Leningradi_Edasi_toimetus, lk 54
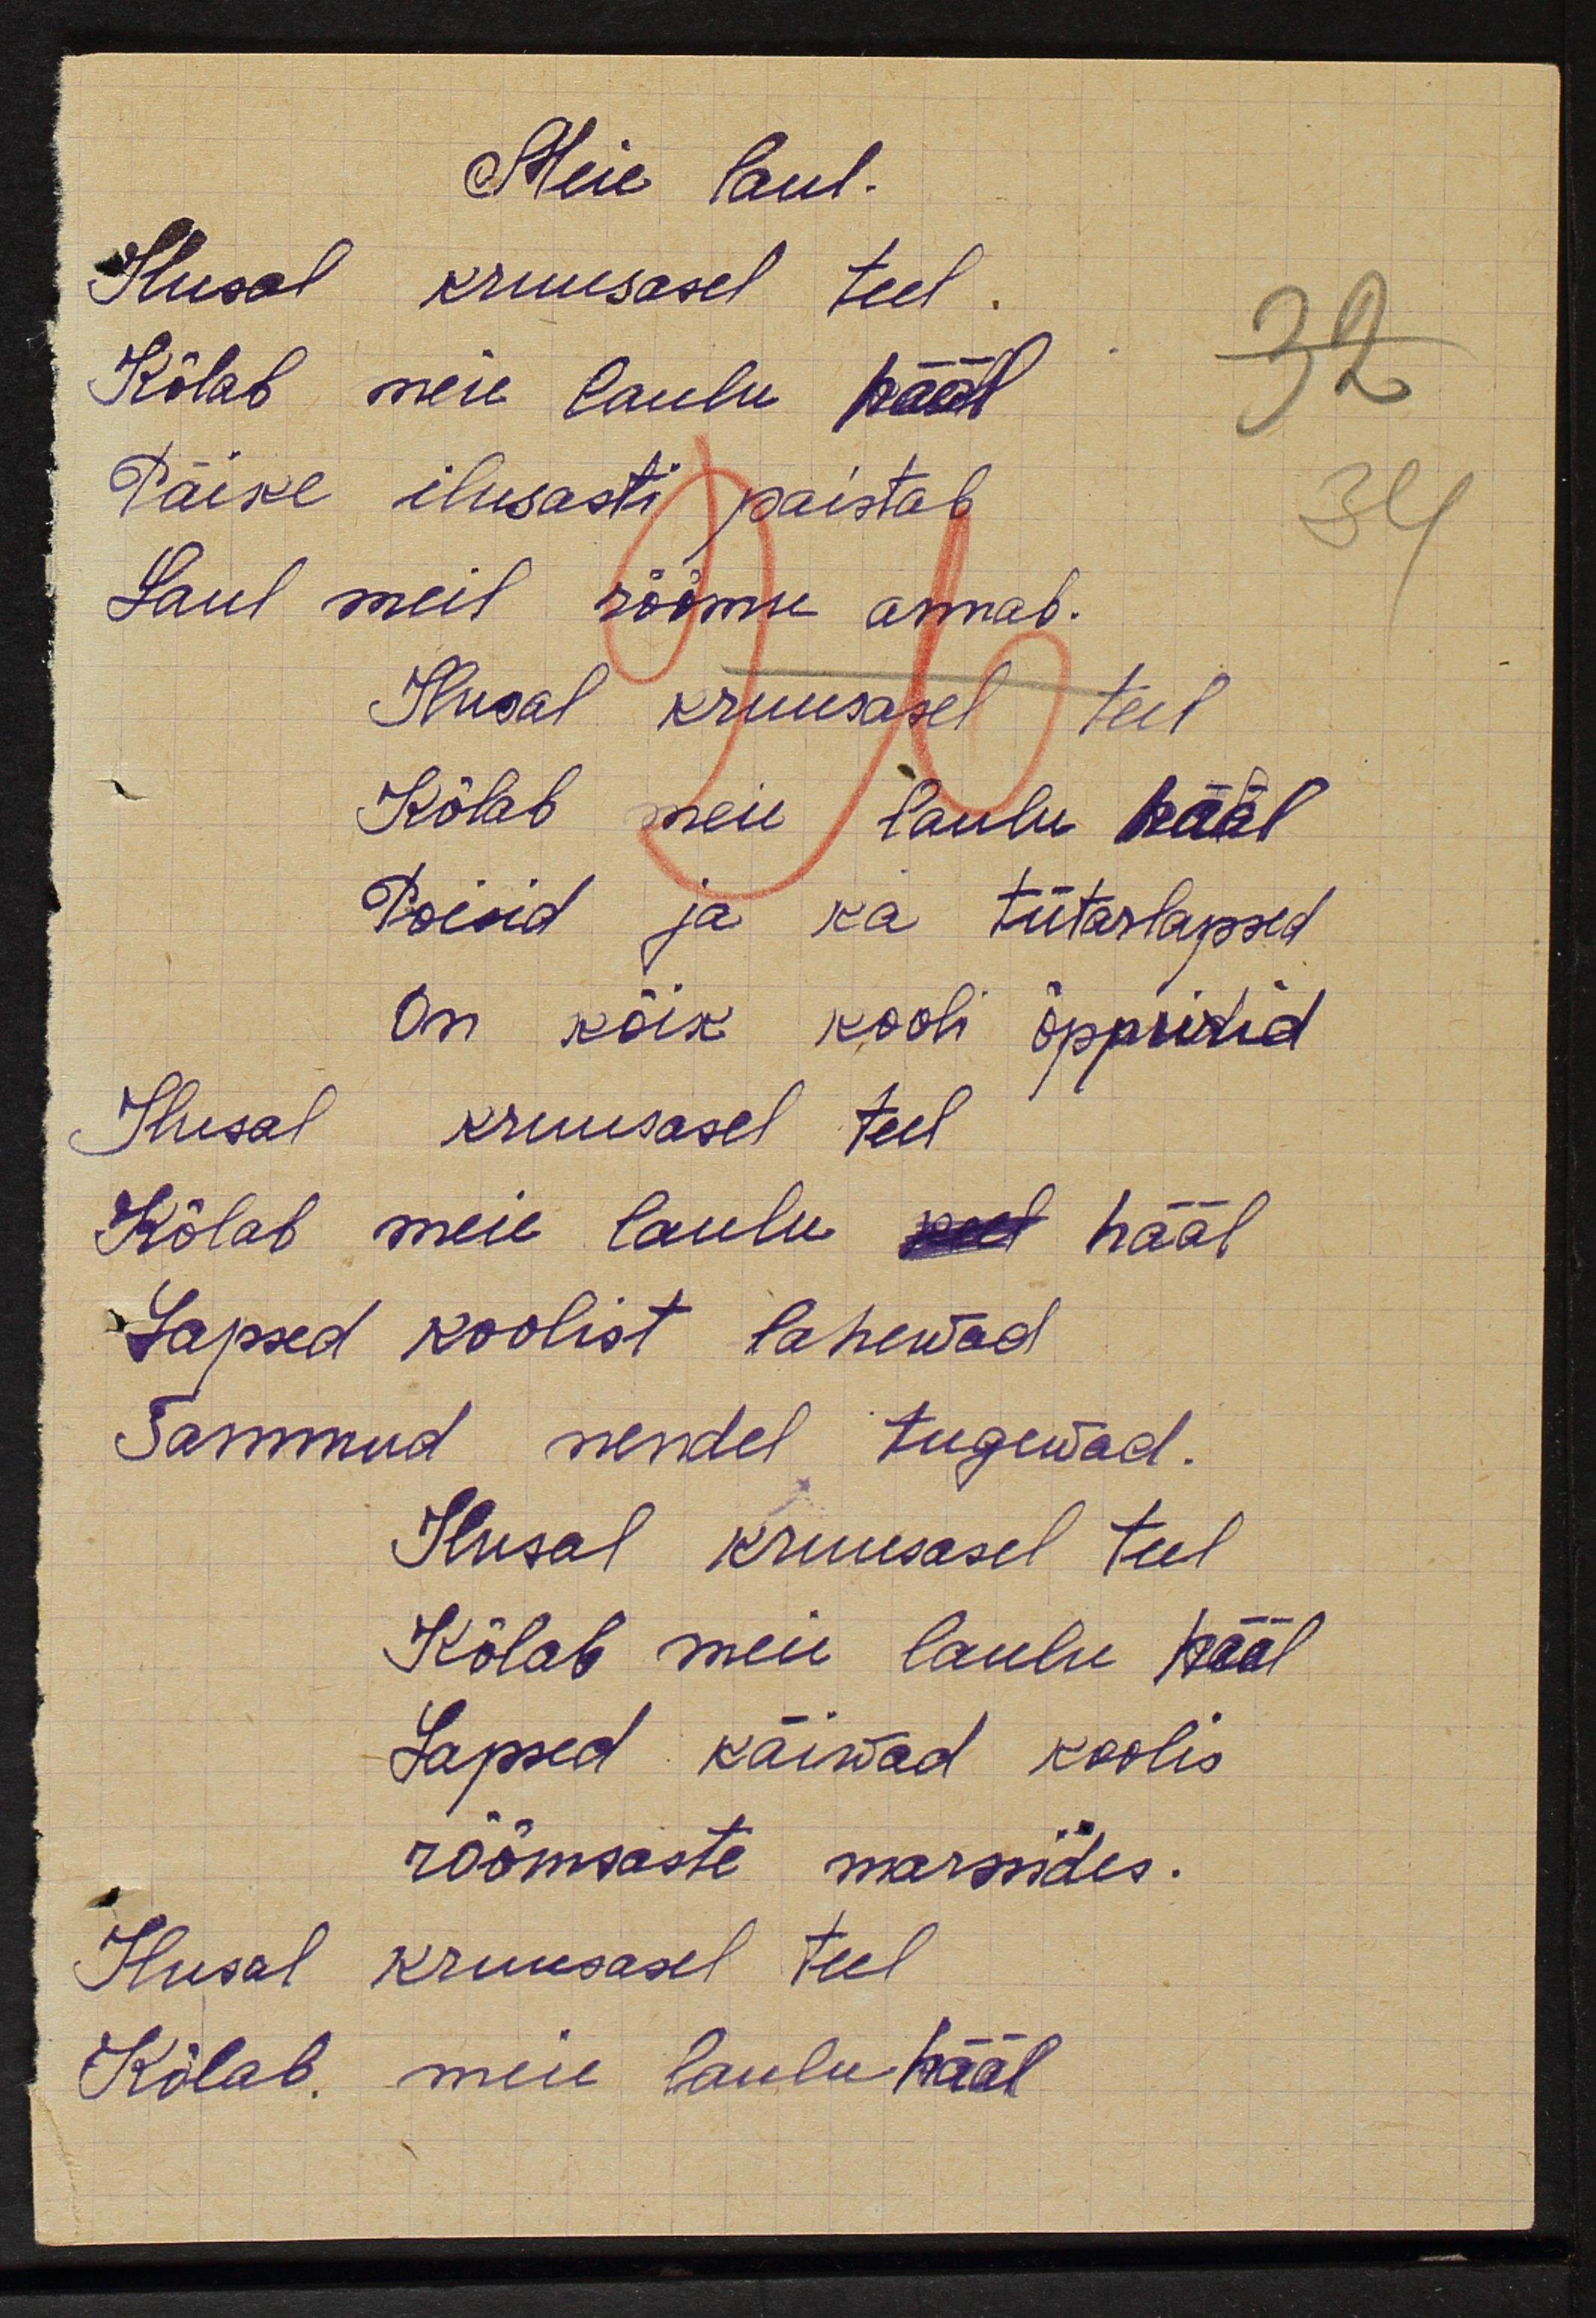
Meie laul.
Kusal krususasel teel.
Kõlab meie laulu hääl
Päike ilusasti paistab
Laul meil rõõmu annab.
Ilusal kruusasel teil
Kõlab  meie laulu hääl
Poisid ja  ka tütarlapsed
On kõik kooli õppurid
Ilusal  kruusasel teel
Kõlab meie laulu hääl
Lapsed koolist lahewad
Sammud nendel tugewad.
Ilusal kruusasel teel
Kõlab meie laulu hääl
Lapsed käiwad koolis
rõõmsaste marssides.
Ilusal kruusasel teel
Kõlab meie laulu hääl